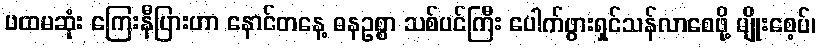
ပထမဆုံး ကြေးနီပြားဟာ နောင်တနေ့ ဓနဥစ္စာ သစ်ပင်ကြီး ပေါက်ဖွားရှင်သန်လာစေဖို့ မျိုးစေ့ပ်၊